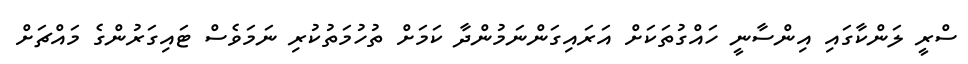
ސްރީ ލަންކާގައި އިންސާނީ ހައްގުތަކަށް އަރައިގަންނަމުންދާ ކަމަށް ތުހުމަތުކުރި ނަމަވެސް ޓައިގަރުންގެ މައްޗަށް